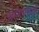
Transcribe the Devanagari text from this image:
क्रोमियमवाली